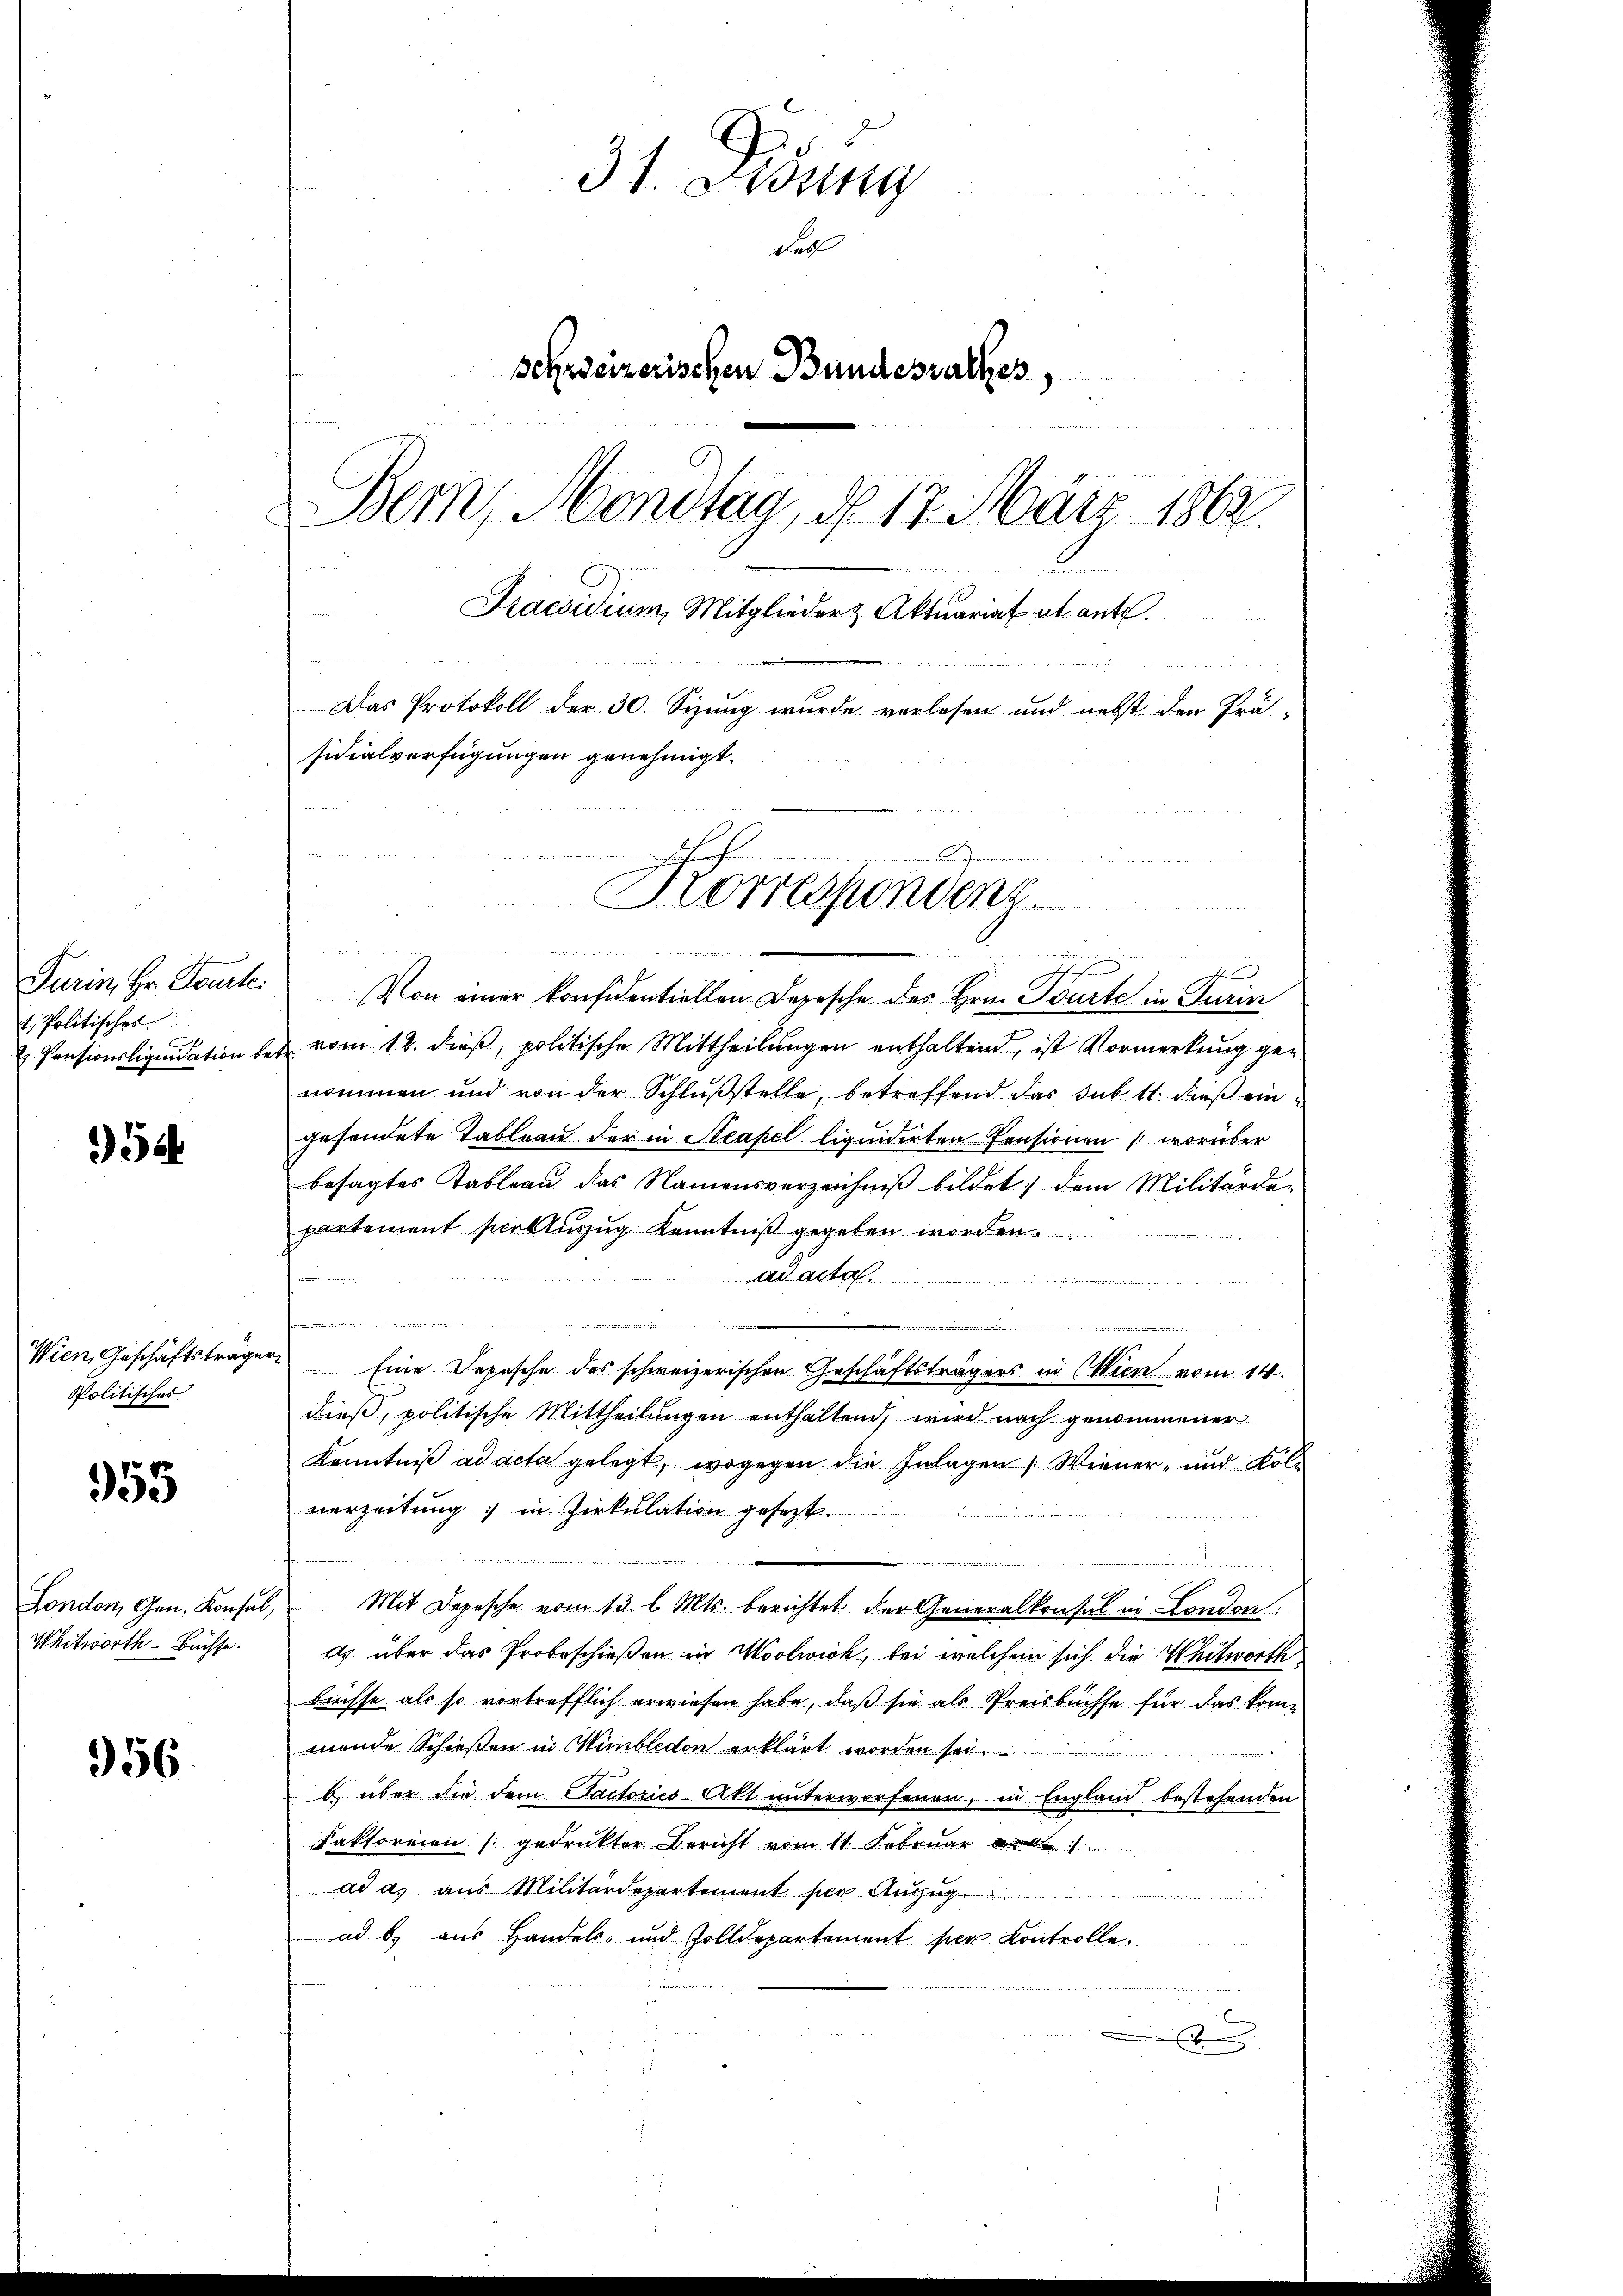
t. Politisches

5c

Politisches.

355

Whitworth - Bachse.

956.

31. Jung
del
schweizerischen Bundesrathes
Bern, Montag, d. 17. März 1862.
Praesidium, Mitglieder Aktuariat ab ant
Das Protokoll der 30. Sizung wurde verlesen und nebst den Prä-

sidialverfügungen genehmigt.
nschaf
Korrespondent.
est den die
nnemanden sein un

s
Turin, Hr. Tourte. Von einer konfidentiellen Depesche des Hrn. Tourte in Turin
&. Pensionsliquidation betr. vom 12. dieß, politische Mittheilungen enthaltend, ist Vormerkung genommen und von der Schlußstelle, betreffend das sub 11. dieß eingesendete Tableau der in Steapel liquidirten Pensionen (worüber
besagtes Tableau das Namensverzeichniß bildet, dem Militärdepartement per Auszug Kenntniß gegeben worden.
Ad Acte
femmen.
s
u
.
Wien, Geschäftsträger Eine Depesche des schweizerischen Geschäftsträgers in Wien vom 14.
dieß, politische Mittheilungen enthaltend, wird nach genommener
Kenntniß ad acta gelegt, wogegen die Inlagen Wiener- und Koll
verzeitung in Zirkulation gesetzt.
London, Gen. Konsul, Mit Depesche vom 13. l. Mts. berichtet der Generalkonsul in London,
e
ds über das Probeschießen in Moolwich, bei welchem sich die Witworthe
büchse als so vortrefflich erwiesen habe, daß sie als Preisbüchse für das kome
mende Schießen in Hinbledon erklärt worden sol
b über die dem Factories Akt unterworfenen, in England bestehenden
Faktoreien (gedruckter Bericht vom 11. Februar 1
ad a. aus Militärdepartement per Auszug
n
ad b. aus Handels- und Zolldepartement per Kontrollen
.